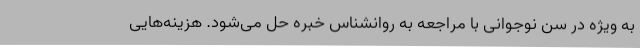
به ویژه در سن نوجوانی با مراجعه به روانشناس خبره حل می‌شود. هزینه‌هایی